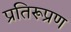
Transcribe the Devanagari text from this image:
प्रतिरूप्रण